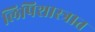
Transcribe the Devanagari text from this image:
लिपिशास्त्रात